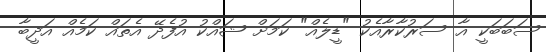
ސަބަބަކީ އާ ސަރުކާރާއެކު "ޑީލެއް" ކަމަށް ޝައްކު އުފެދޭ އެތައް ކަމެއް އަދީބާ